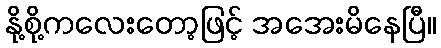
နို့စို့ကလေးတော့ဖြင့် အအေးမိနေပြီ။